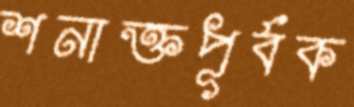
শনাক্তপূর্বক